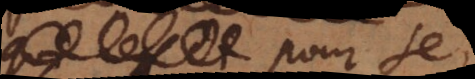
pour se